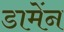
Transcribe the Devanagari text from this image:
डामेंन